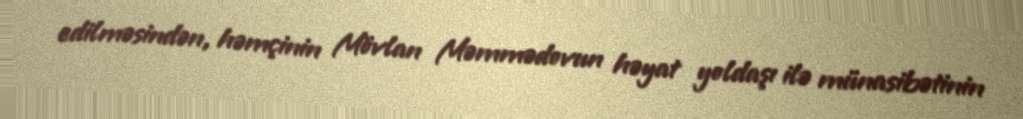
edilməsindən, həmçinin Mövlan Məmmədovun həyat yoldaşı ilə münasibətinin